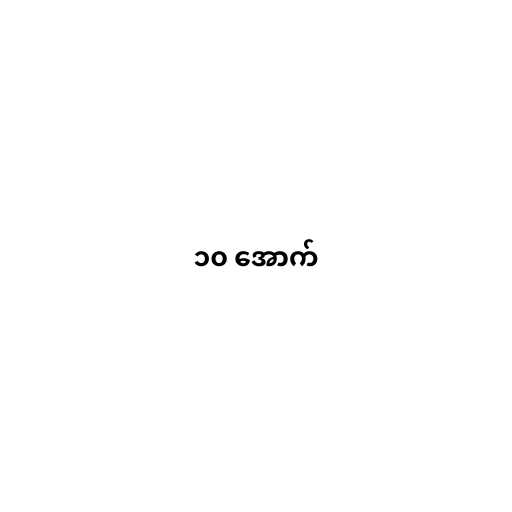
၁၀ အောက်